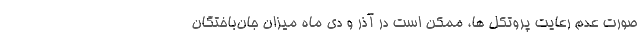
صورت عدم رعایت پروتکل ها، ممکن است در آذر و دی ماه میزان جان‌باختگان